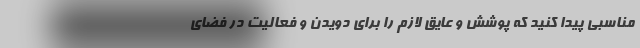
مناسبی پیدا کنید که پوشش و عایق لازم را برای دویدن و فعالیت در فضای